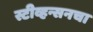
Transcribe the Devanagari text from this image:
स्टीव्हन्सनचा